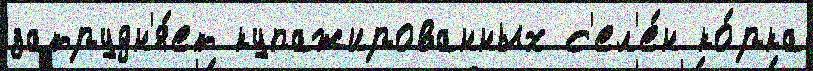
затрудн'я́ет купажированных с'ел'е́н ко́рка